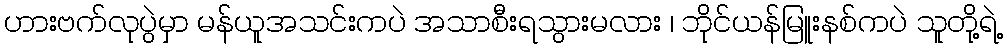
ဟားဗက်လုပွဲမှာ မန်ယူအသင်းကပဲ အသာစီးရသွားမလား ၊ ဘိုင်ယန်မြူးနစ်ကပဲ သူတို့ရဲ့